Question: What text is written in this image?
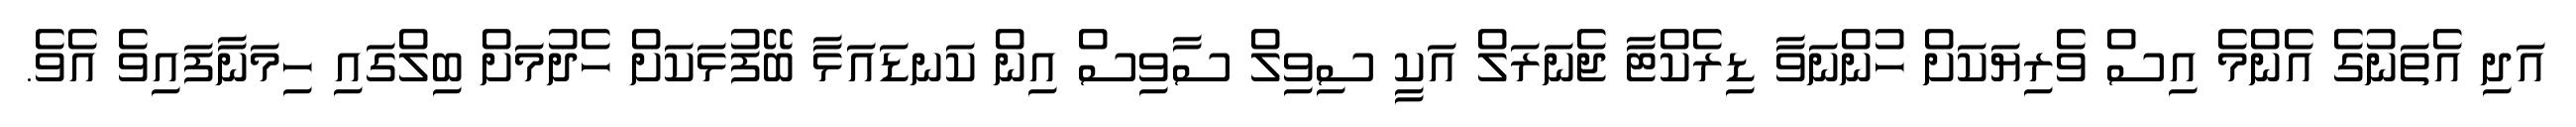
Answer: އަދި އެތަނުގެ އެންމެ އިސް ވެރިޔަކަށް ހުންނަވާ ޑިރެކްޓާ ޖެނަރަލް އަކީ ސިވިލް ސާވިސް އިން ކަނޑައަޅާ ބޭފުޅަކަށް ހެދުމަށް ބިލްގައި ހިމަނާފައިވެ އެވެ.